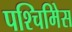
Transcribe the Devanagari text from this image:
पश्चिमिेस